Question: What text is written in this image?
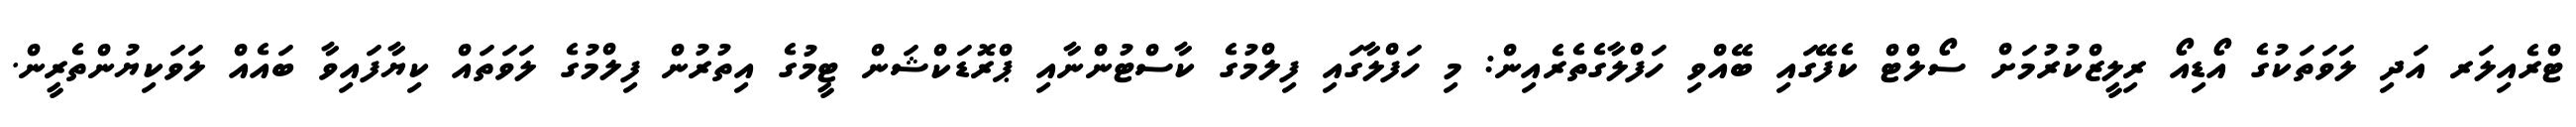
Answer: ޓްރެއިލަރ އަދި ލަވަތަކުގެ އޯޑިއޯ ރިލީޒްކުރުމަށް ސޯލްޓް ކެފޭގައި ބޭއްވި ހަފްލާގެތެރެއިން: މި ހަފްލާގައި ފިލްމުގެ ކާސްޓުންނާއި ޕްރޮޑަކްޝަން ޓީމުގެ އިތުރުން ފިލްމުގެ ލަވަތައް ކިޔާފައިވާ ބައެއް ލަވަކިޔުންތެރީން.